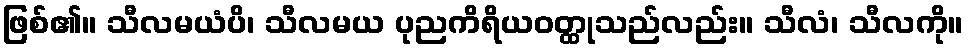
ဖြစ်၏။ သီလမယံပိ၊ သီလမယ ပုညကိရိယဝတ္ထုသည်လည်း။ သီလံ၊ သီလကို။